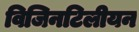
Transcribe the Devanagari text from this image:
विजिनटिलीयन